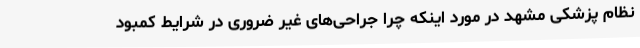
نظام پزشکی مشهد در مورد اینکه چرا جراحی‌های غیر ضروری در شرایط کمبود